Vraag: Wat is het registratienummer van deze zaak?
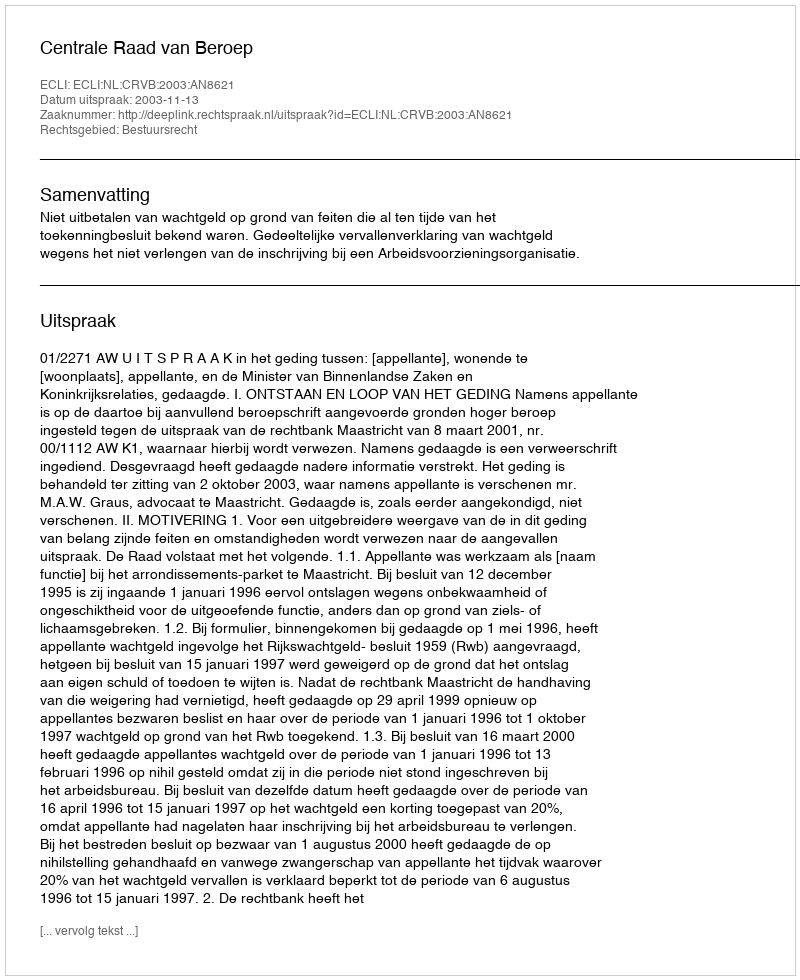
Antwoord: http://deeplink.rechtspraak.nl/uitspraak?id=ECLI:NL:CRVB:2003:AN8621